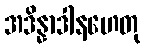
အဒိန္နာဒါနဟေတု